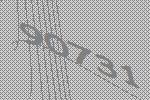
90731